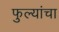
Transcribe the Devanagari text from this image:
फुल्यांचा